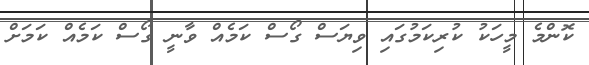
ކޮންމެ މީހަކު ކުރިކަމުގައި ވިޔަސް ގޯސް ކަމެއް ވާނީ ގޯސް ކަމެއް ކަމަށް